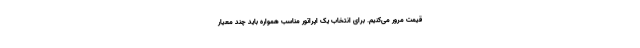
قیمت مرور می‌کنیم. برای انتخاب یک اپراتور مناسب همواره باید چند معیار